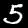
Digit: 5